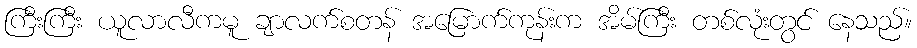
ကြီးကြီး ယူလာလီကမူ ချာလက်စတန် အမြောက်ကုန်းက အိမ်ကြီး တစ်လုံးတွင် နေသည်။